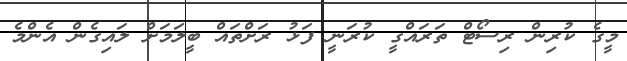
މީގެ ކުރިން ރިސޯޓް ތަރައްގީ ކުރަނީ ފަޅު ރަށްތައް ބީލަމަށް ލައިގެން އެންމެ